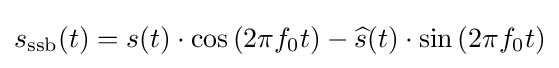
s_{\text{ssb}}(t)=s(t)\cdot \cos \left(2\pi f_{0}t\right)-{\widehat {s}}(t)\cdot \sin \left(2\pi f_{0}t\right)